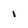
Character: l